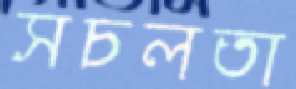
সচলতা